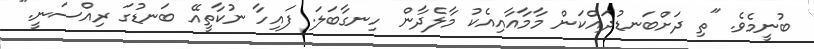
ބުނީމެވެ. "ތި ދަށްބަނޑުދައްކަން މާމާއާއިއެކު މާލެދާން ހިނގާބަަލަ. ފައިހާ ނުކާތީއޭ ބަނޑުގަ ރިއްސަނީ."